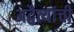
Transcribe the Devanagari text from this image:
अद्वैत्यांची